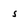
Character: 5